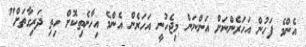
އެންމެ ފަހުން އަހަރެންނަށް އަންނަން މިޖެހުނީ އަހަރެން އެންމެ އިހާނެތިކޮށް ހިތި ދަރިގާތަށް"